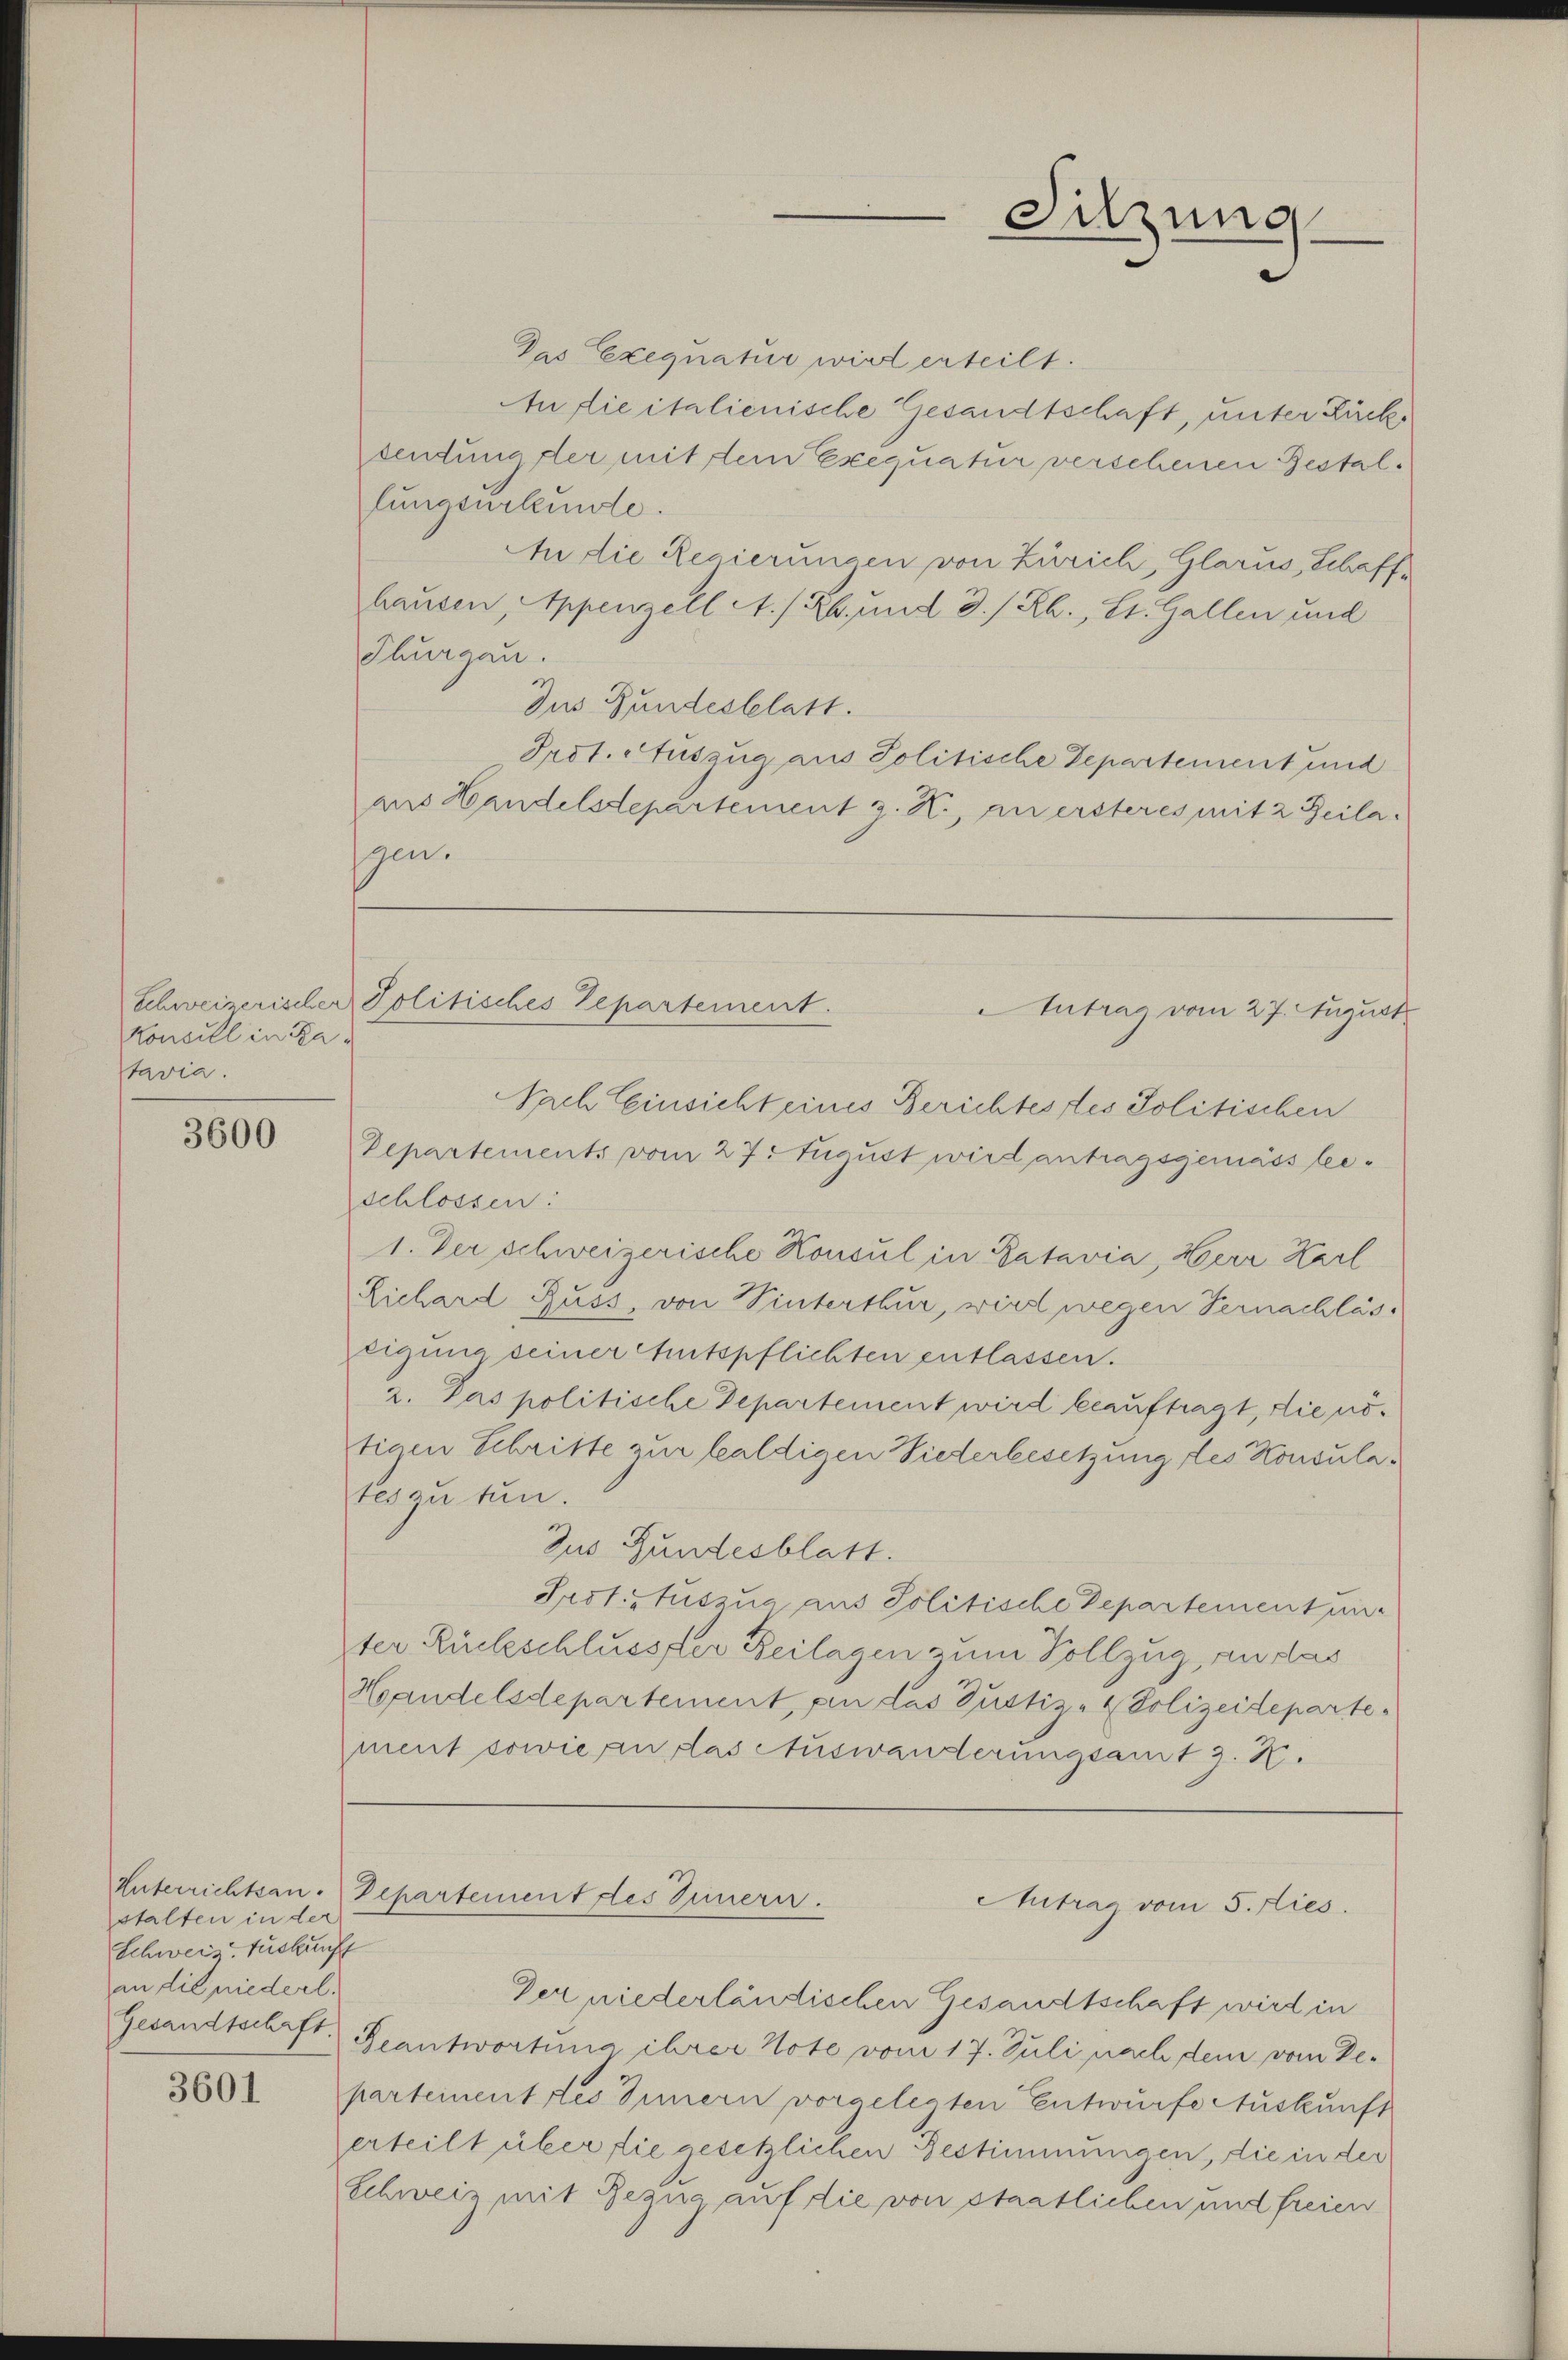
Koncill in Da
tavia.

3600

Unterrichtsan
stalten in der
Schweiz. Auskunft
an die niederl.

3601

Das Exequatur wird erteilt.
An die italienische Gesandtschaft, unter Rückdeutung der mit dem Exequatur verschenen Bestalfungsurkunde.
An die Regierungen von Zürich, Glarus, Schaffhausen, Appenzell A./26. und 3./. Rh., St. Gallen und
Thurgau.
Dus Bundesblatt.
Prot. Auszug aus Politische Departement und
aus Handelsdepartement z. K., an ersteres mit 2 Beila
gen.

Sitzung

Nach Einsicht eines Berichtes des Politischen
Departements vom 27. August wird antragsgemäss beschlossen:
1. Der schweizerische Konsul in Patavia, Herr Karl
Lichard Russ, von Vinterthur, wird wegen Vernachläseigung seiner Amtspflichten entlassen.
2. Pas politische Departement wird beauftragt, die nötigen Schritte zur huldigen Wiederbesetzung des Konsulates zu tun.
Zus Gundesblatt.
Prot. Stuszug aus Politische Departement unter Rückschlusser Beilagen zum Vollzug, an das
Handelsdepartement, an das Justiz- & Polizeideparte
ment sowie an das Auswanderungsamt z. K.

Schweizerischer Politisches Departement.
Antrag vom 27. August

Departement des Innern.
Antrag vom 5. Dies

Der niederländischen Gesandtschaft wird in
Gesandtschaft. Beantwortung ihrer Note vom 17. Juli nach dem vom De-
partementstes Innern vorgelegten Entwurfe Auskunft
erteilt über die gesetzlichen Bestimmungen, die in der
Schweiz mit Bezug auf die von staatlichen und freien